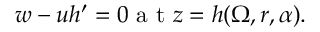
w - u h ^ { \prime } = 0 \textrm { a t } z = h ( \Omega , r , \alpha ) .